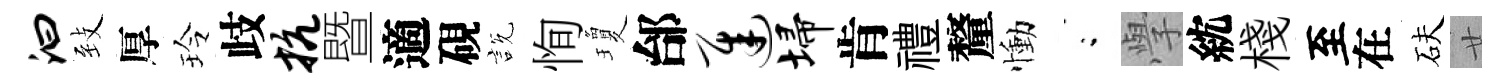
汩𦤺厚玲歧抗暨適硯説恂瓊邰迟埽肯禮釐慟閤𭓕紞棧至在砆廿